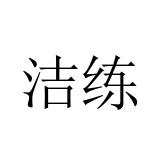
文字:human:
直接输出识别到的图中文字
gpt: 洁练